Malaria in the Duars
Disease focus: Malaria
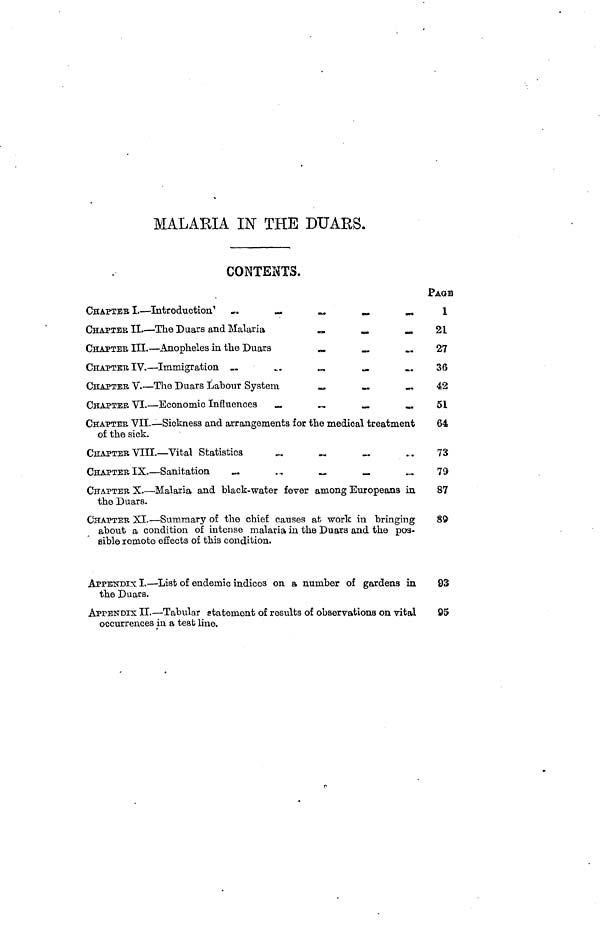
MALARIA IN THE DUARS.
CONTENTS.
CHAPTER I. —
Introduction
CHAPTER II. — The Duars and Malaria
CHAPTER III. — Anopheles in the
Duars
CHAPTER IV. — Immigration
CHAPTER V. — The Duars Labour System
CHAPTER VI. — Economic
Influences
CHAPTER VII.— Sickness and arrangements for the medical treatment
of the sick.
CHAPTER VIII. — Vital Statistics
CHAPTER IX. — Sanitation
CHAPTER X. — Malaria and black-water fever among Europeans in
the Duars.
CHAPTER XI. — Summary of the chief causes at work in bringing
about a condition of intense malaria in the Duars and the pos-
sible remote effects of this condition.
APPENDIX I. — List of endemic indices on a number of gardens in
the Duars.
APPENDIX II. — Tabular statement of results of observations on vital
occurrences in a test line.
PAGE
1
21
27
36
42
51
64
73
79
87
89
93
95